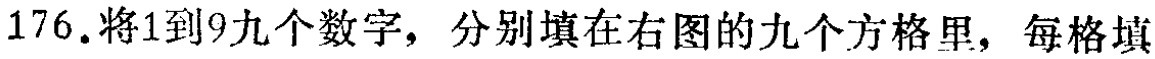
176.将1到9九个数字，分别填在右图的九个方格里，每格填